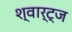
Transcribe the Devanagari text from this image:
श्वार्ट्‌ज